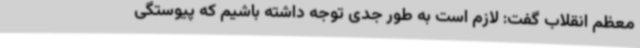
معظم انقلاب گفت: لازم است به طور جدی توجه داشته باشیم که پیوستگی